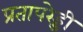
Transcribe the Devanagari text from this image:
प्रतापरेड्डी